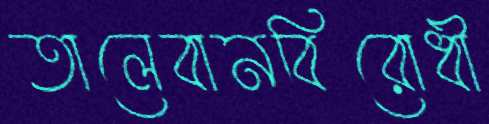
তালেবানবিরোধী